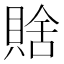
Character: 𧶟